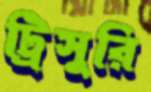
ট্রিসুরি